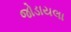
જોડાયલા